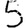
Digit: 5